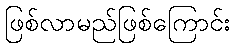
ဖြစ်လာမည်ဖြစ်ကြောင်း